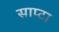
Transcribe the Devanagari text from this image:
साप्टा